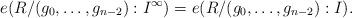
LaTeX: \begin{align*}e({R}/{(g_0,\dots,g_{n-2}):I^\infty} ) = e({R}/{(g_0,\dots,g_{n-2}):I} ).\end{align*}